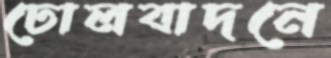
ঢোলবাদনে